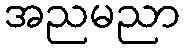
အညမညာ